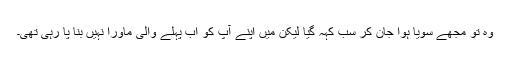
وہ تو مجھے سویا ہوا جان کر سب کہہ گیا لیکن میں اپنے آپ کو اب پہلے والی ماورا نہیں بنا پا رہی تھی۔